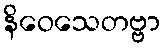
နိဝေသေတဗ္ဗာ